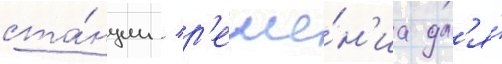
ста́нции / р'еше́н'иа дл'я́